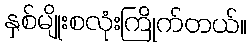
နှစ်မျိုးစလုံးကြိုက်တယ်။